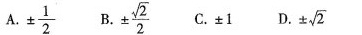
A. ±\frac{1}{2} B.±\frac{ \sqrt{2}}{2} C.±1 D. ±\sqrt{2}